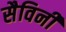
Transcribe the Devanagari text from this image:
सैविनी